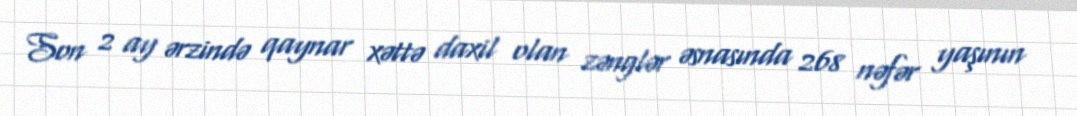
Son 2 ay ərzində qaynar xəttə daxil olan zənglər əsnasında 268 nəfər yaşının